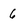
Character: 6